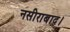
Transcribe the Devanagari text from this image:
नसीराबाद।